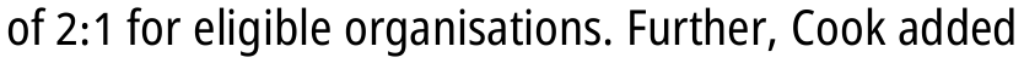
of 2:1 for eligible organisations. Further, Cook added